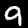
Label: 9